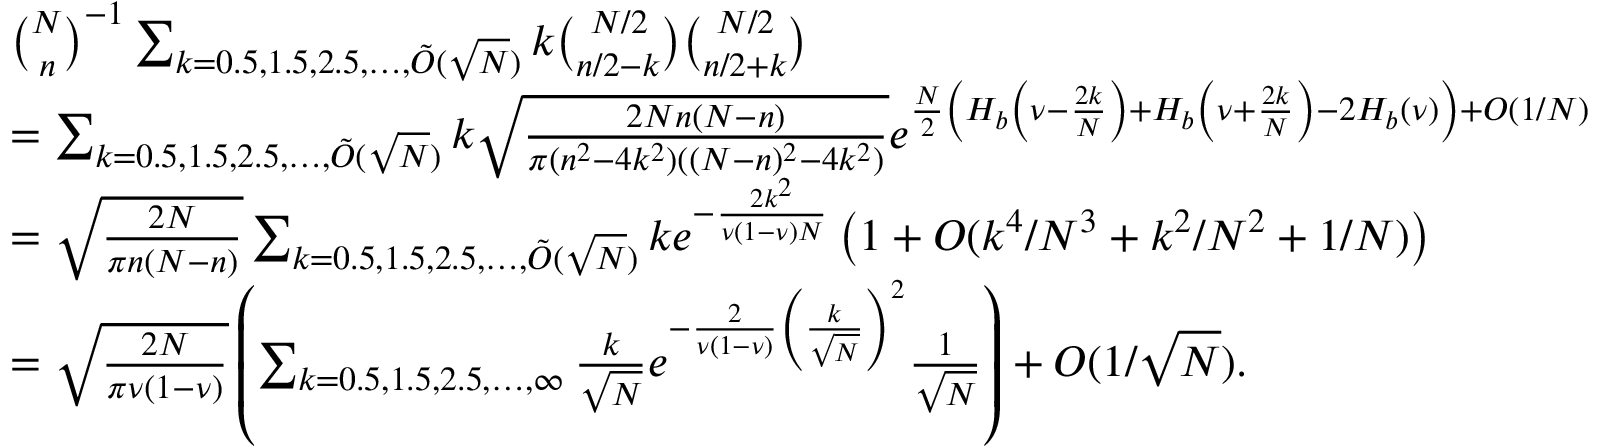
\begin{array} { r l } & { { \binom { N } { n } } ^ { - 1 } \sum _ { k = 0 . 5 , 1 . 5 , 2 . 5 , \ldots , \tilde { O } ( \sqrt N ) } k { \binom { N / 2 } { n / 2 - k } } { \binom { N / 2 } { n / 2 + k } } } \\ & { = \sum _ { k = 0 . 5 , 1 . 5 , 2 . 5 , \ldots , \tilde { O } ( \sqrt N ) } k \sqrt { \frac { 2 N n ( N - n ) } { \pi ( n ^ { 2 } - 4 k ^ { 2 } ) ( ( N - n ) ^ { 2 } - 4 k ^ { 2 } ) } } e ^ { \frac N 2 \left( H _ { b } \left( \nu - \frac { 2 k } N \right) + H _ { b } \left( \nu + \frac { 2 k } N \right) - 2 H _ { b } ( \nu ) \right) + O ( 1 / N ) } } \\ & { = \sqrt { \frac { 2 N } { \pi n ( N - n ) } } \sum _ { k = 0 . 5 , 1 . 5 , 2 . 5 , \ldots , \tilde { O } ( \sqrt N ) } k e ^ { - \frac { 2 k ^ { 2 } } { \nu ( 1 - \nu ) N } } \left( 1 + O ( k ^ { 4 } / N ^ { 3 } + k ^ { 2 } / N ^ { 2 } + 1 / N ) \right) } \\ & { = \sqrt { \frac { 2 N } { \pi \nu ( 1 - \nu ) } } \left( \sum _ { k = 0 . 5 , 1 . 5 , 2 . 5 , \ldots , \infty } \frac k { \sqrt N } e ^ { - \frac 2 { \nu ( 1 - \nu ) } \left( \frac k { \sqrt N } \right) ^ { 2 } } \frac 1 { \sqrt N } \right) + O ( 1 / \sqrt N ) . } \end{array}